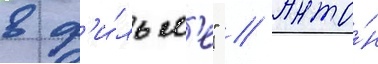
в ф'и́льм'е" // Анто́н